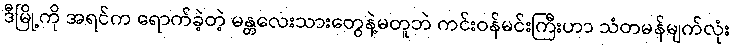
ဒီမြို့ကို အရင်က ရောက်ခဲ့တဲ့ မန္တလေးသားတွေနဲ့မတူဘဲ ကင်းဝန်မင်းကြီးဟာ သံတမန်မျက်လုံး